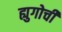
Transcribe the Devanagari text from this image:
ह्युगोची